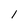
Character: 1